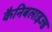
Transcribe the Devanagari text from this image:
कैनिबलाइज्ड